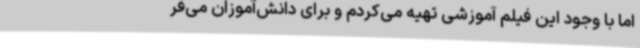
اما با وجود این فیلم آموزشی تهیه می‌کردم و برای دانش‌آموزان می‌فر